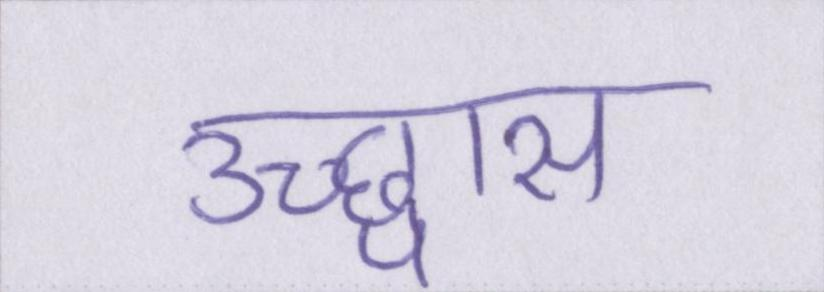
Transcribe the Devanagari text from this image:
उच्छ्वास